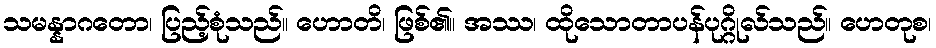
သမန္နာဂတော၊ ပြည့်စုံသည်။ ဟောတိ၊ ဖြစ်၏။ အဿ၊ ထိုသောတာပန်ပုဂ္ဂိုလ်သည်။ ဟေတုစ၊